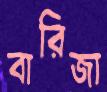
বারিজা